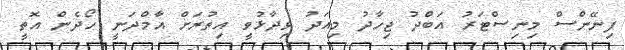
ފިނޭންސް މިނިސްޓަރު އަބްދު ޖިހާދު މިއަދު ވިދާޅުވީ އިތުރަށް އާމްދަނީ ހޯދެން އޮތީ